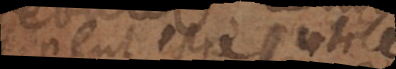
peut estre utile